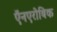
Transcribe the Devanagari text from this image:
ऍनएरोबिक